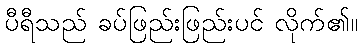
ပီရီသည် ခပ်ဖြည်းဖြည်းပင် လိုက်၏။